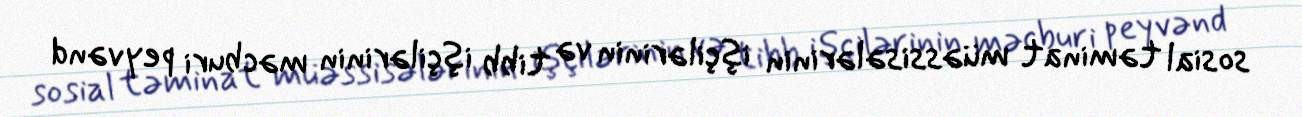
sosial təminat müəssisələrinin işçilərinin və tibb işçilərinin məcburi peyvənd